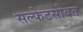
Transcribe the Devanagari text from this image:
सल्फेटसोबत